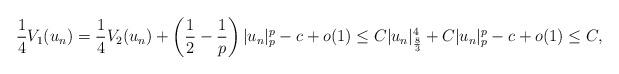
LaTeX: \begin{align*}\frac{1}{4}V_1(u_n) = \frac{1}{4}V_2(u_n) + \left(\frac{1}{2} - \frac{1}{p}\right)|u_n|^p_p -c +o(1) \leq C|u_n|^4_{\frac{8}{3}} + C|u_n|^p_p -c+o(1)\leq C,\end{align*}